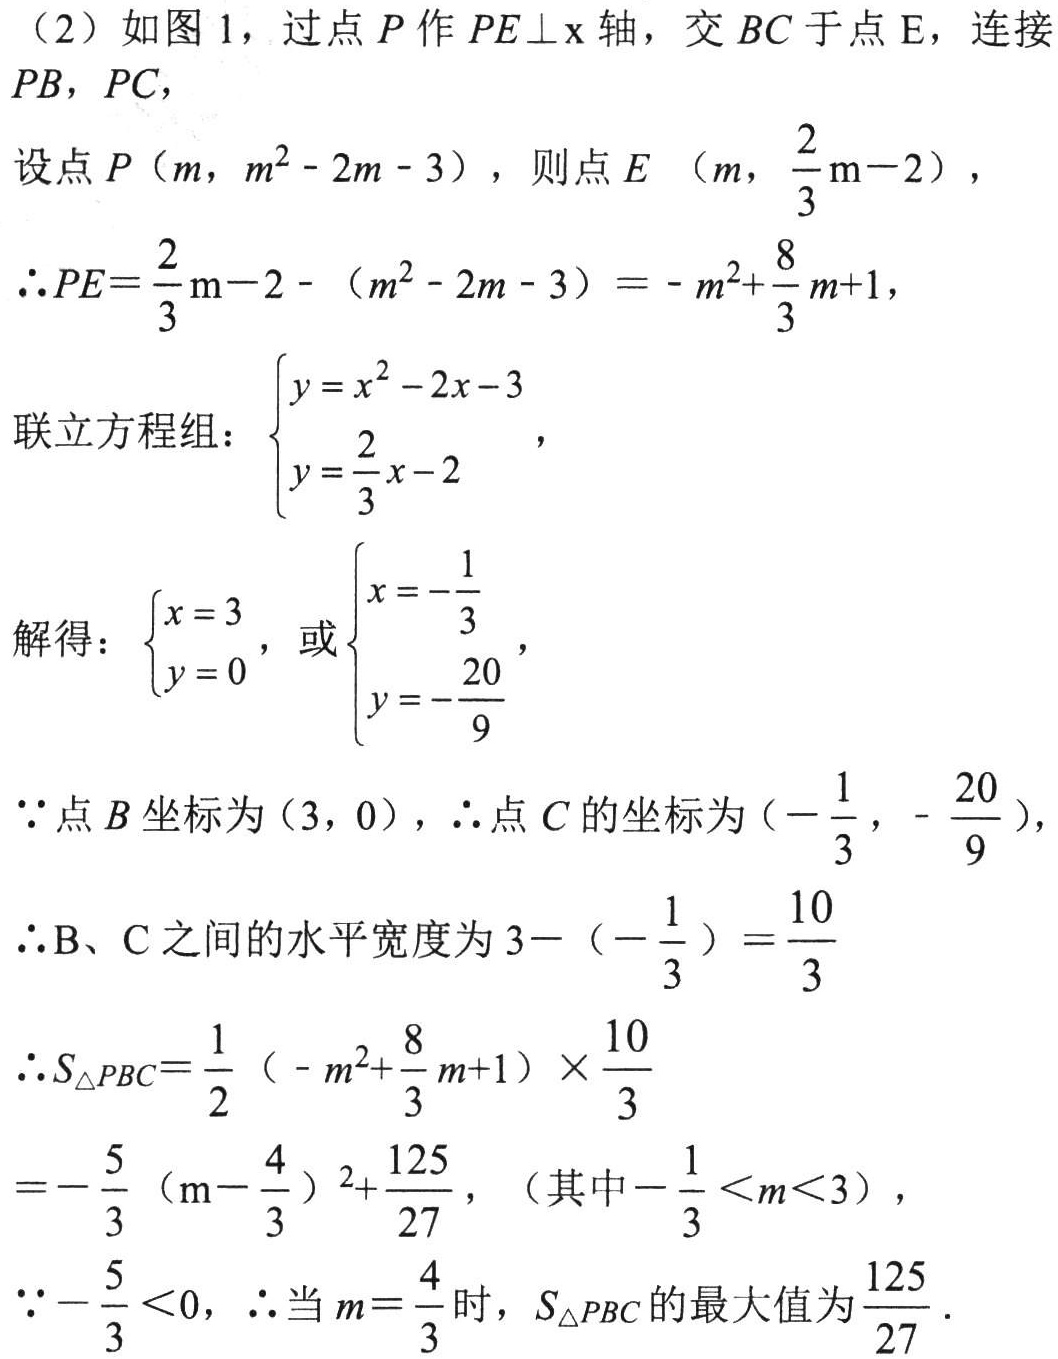
（2）如图 1，过点 \(P\) 作 \(PE\perp x\) 轴，交 \(BC\) 于点 \(E\)，连接 \(PB\)，\(PC\)，
设点 \(P\left(m,m^{2}-2m - 3\right)\)，则点 \(E\left(m,\frac{2}{3}m - 2\right)\)，
\(\therefore PE=\frac{2}{3}m - 2-(m^{2}-2m - 3)=-m^{2}+\frac{8}{3}m + 1\)，
联立方程组：\(\begin{cases}y = x^{2}-2x - 3\\y=\frac{2}{3}x - 2\end{cases}\)，
解得：\(\begin{cases}x = 3\\y = 0\end{cases}\)，或\(\begin{cases}x=-\frac{1}{3}\\y=-\frac{20}{9}\end{cases}\)，
\(\because\) 点 \(B\) 坐标为 \((3,0)\)，\(\therefore\) 点 \(C\) 的坐标为 \(\left(-\frac{1}{3},-\frac{20}{9}\right)\)，
\(\therefore\)B、C 之间的水平宽度为 \(3-\left(-\frac{1}{3}\right)=\frac{10}{3}\)
\(\therefore S_{\triangle PBC}=\frac{1}{2}\left(-m^{2}+\frac{8}{3}m + 1\right)\times\frac{10}{3}\)
\(=-\frac{5}{3}\left(m-\frac{4}{3}\right)^{2}+\frac{125}{27}\)，（其中\(-\frac{1}{3}<m<3\)），
\(\because-\frac{5}{3}<0\)，\(\therefore\) 当 \(m = \frac{4}{3}\) 时，\(S_{\triangle PBC}\) 的最大值为 \(\frac{125}{27}\)．